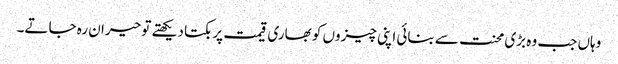
وہاں جب وہ بڑی محنت سے بنائی اپنی چیزوں کو بھاری قیمت پر بکتا دیکھتے تو حیران رہ جاتے۔